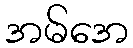
အမ်အေ